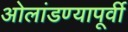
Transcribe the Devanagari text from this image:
ओलांडण्यापूर्वी